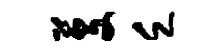
芟乏